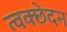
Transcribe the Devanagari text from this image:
त्वक्छेदन